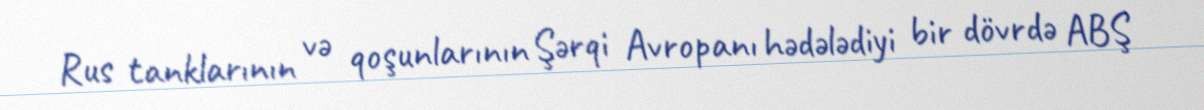
Rus tanklarının və qoşunlarının Şərqi Avropanı hədələdiyi bir dövrdə ABŞ